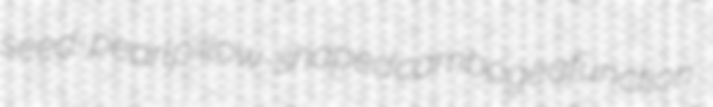
seed-pearl pillow-shaped camboge afunction